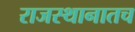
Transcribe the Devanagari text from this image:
राजस्थानातच